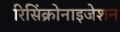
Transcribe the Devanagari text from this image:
रिसिंक्रोनाइजेशन